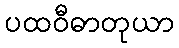
ပထဝီဓာတုယာ